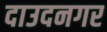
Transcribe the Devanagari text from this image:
दाउदनगर